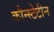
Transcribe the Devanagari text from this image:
कौन्स्टेटीन